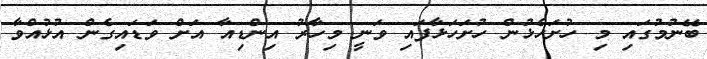
ބޭނުމުގައި މި ހުށަހެޅުން ހުށަހަޅާފައި ވަނީ މިހާރު އިންޑިއާ އަށް ވަޑައިގެން އުޅުއްވާ